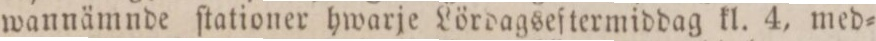
wannämnde ſtationer hwarje Lördagseftermiddag kl. 4, med=